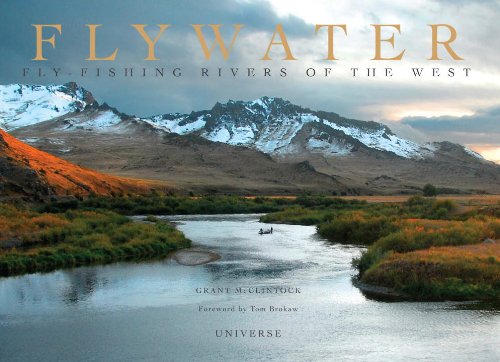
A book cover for Flywater: Fly-Fishing Rivers of the West; Grant McClintock; Arts & Photography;